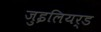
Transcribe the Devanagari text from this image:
जुइलियर्ड